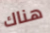
هناك